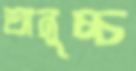
অনুচ্চ